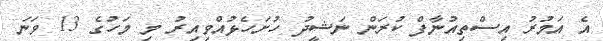
އެ އަމުރު އިސްތިއުނާފް ކުރަން ނަޝީދު ހުށަހެޅުއްވިއިރު މި މަހުގެ 13 ވަނަ